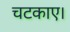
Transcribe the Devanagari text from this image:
चटकाए।